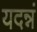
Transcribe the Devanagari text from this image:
यदन्नं